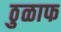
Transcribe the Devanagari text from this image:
ठुळाफ